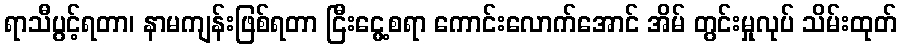
ရာသီပွင့်ရတာ၊ နာမကျန်းဖြစ်ရတာ ငြီးငွေ့စရာ ကောင်းလောက်အောင် အိမ် တွင်းမှုလုပ် သိမ်းထုတ်